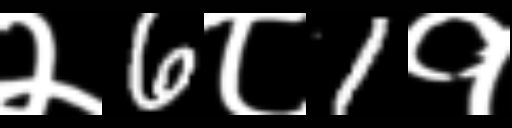
Text: २6८1१